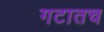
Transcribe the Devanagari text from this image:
गटातच